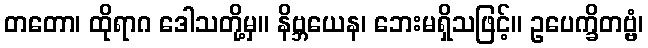
တတော၊ ထိုရာဂ ဒေါသတို့မှ။ နိဗ္ဘယေန၊ ဘေးမရှိသဖြင့်။ ဥပေက္ခိတဗ္ဗံ၊